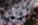
أغلبية